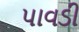
પાવડી